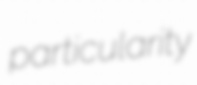
particularity